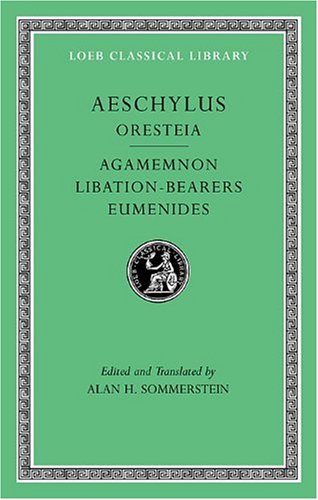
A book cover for Aeschylus, II, Oresteia: Agamemnon. Libation-Bearers. Eumenides (Loeb Classical Library); Aeschylus; Literature & Fiction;